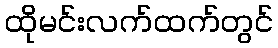
ထိုမင်းလက်ထက်တွင်